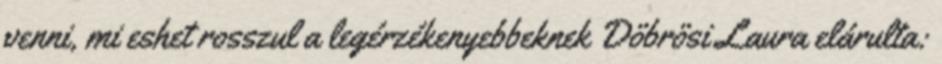
venni, mi eshet rosszul a legérzékenyebbeknek Döbrösi Laura elárulta: